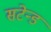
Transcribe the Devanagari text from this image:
सटेन्ड